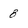
Character: 8